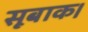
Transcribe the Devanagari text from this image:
सूबाक।